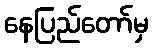
နေပြည်တော်မှ